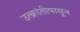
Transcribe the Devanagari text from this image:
उत्क्रांतीपासून